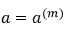
a = a ^ { ( m ) }